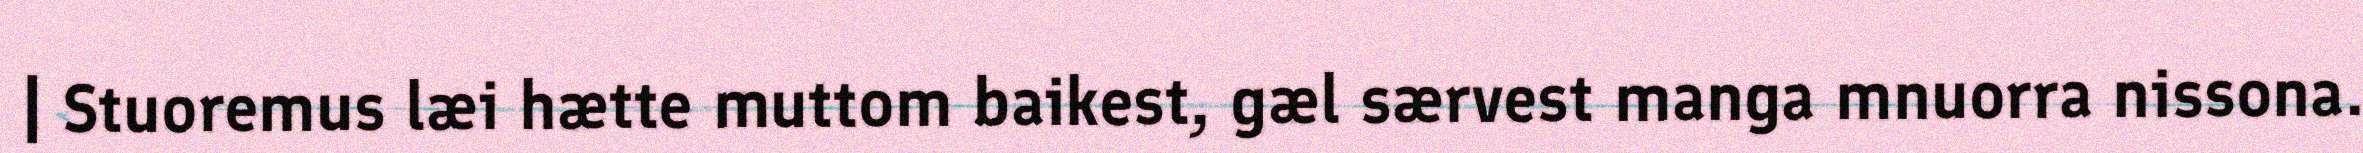
| Stuoremus læi hætte muttom baikest, gæl særvest manga mnuorra nissona.